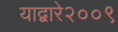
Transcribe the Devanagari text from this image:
याद्वारे२००९